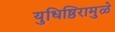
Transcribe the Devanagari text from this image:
युधिष्ठिरामुळे